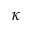
\kappa